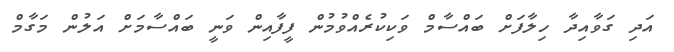
އަދި ގަވާއިދާ ހިލާފަށް ބައްސާމް ވަކިކުރެއްވުމުން ފީފާއިން ވަނީ ބައްސާމަށް އަލުން މަގާމް